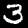
Label: 3